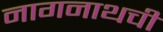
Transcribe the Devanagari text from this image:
नागनाथची